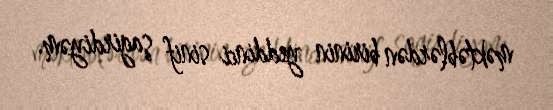
məktəblərdən birinin yeddinci sinif şagirdiyəm.